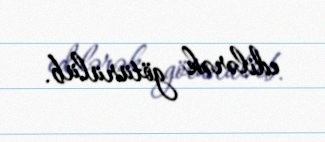
edilərək götürülüb.